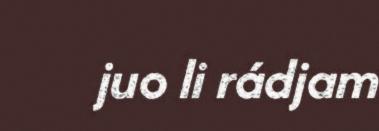
juo li rádjam